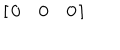
LaTeX: \left[ \begin{array} { c c c } { { 0 } } & { { 0 } } & { { 0 } } \\ \end{array} \right]